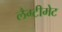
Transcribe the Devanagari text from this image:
लैग्टीमेट